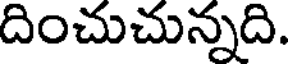
దించుచున్నది.